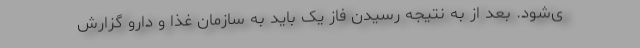
ی‌شود. بعد از به نتیجه رسیدن فاز یک باید به سازمان غذا و دارو گزارش